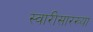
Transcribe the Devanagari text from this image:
स्वारीसारख्या